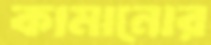
কামানোর